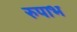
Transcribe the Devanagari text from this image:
रुपाभ